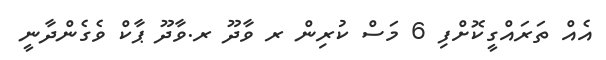
އެއް ތަރައްގީކޮށްފި 6 މަސް ކުރިން ރ ވާދޫ ރ.ވާދޫ ޕާކް ވެގެންދާނީ